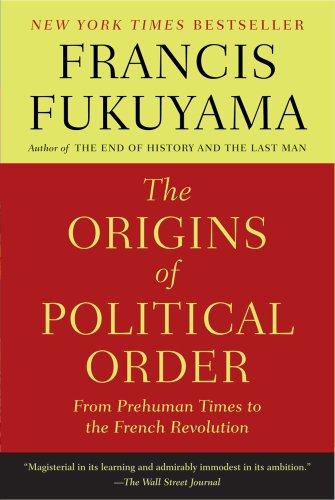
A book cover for The Origins of Political Order: From Prehuman Times to the French Revolution; Francis Fukuyama; Politics & Social Sciences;